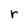
Character: r